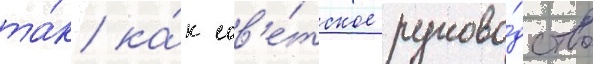
та́к ка́к сов'е́тское руково́дство